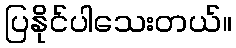
ပြနိုင်ပါသေးတယ်။